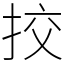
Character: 挍